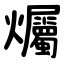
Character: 爥